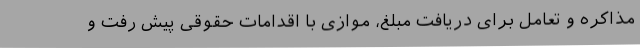
مذاکره و تعامل برای دریافت مبلغ، موازی با اقدامات حقوقی پیش رفت و